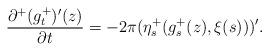
LaTeX: \begin{align*} \frac{\partial^+(g^+_t)'(z)}{\partial t}=-2\pi (\eta^+_s(g^+_s(z), \xi(s)))'.\end{align*}